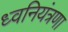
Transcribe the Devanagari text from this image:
ध्वनियंत्रणा